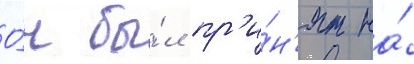
О́н бы́л пр'и́н'ят на́